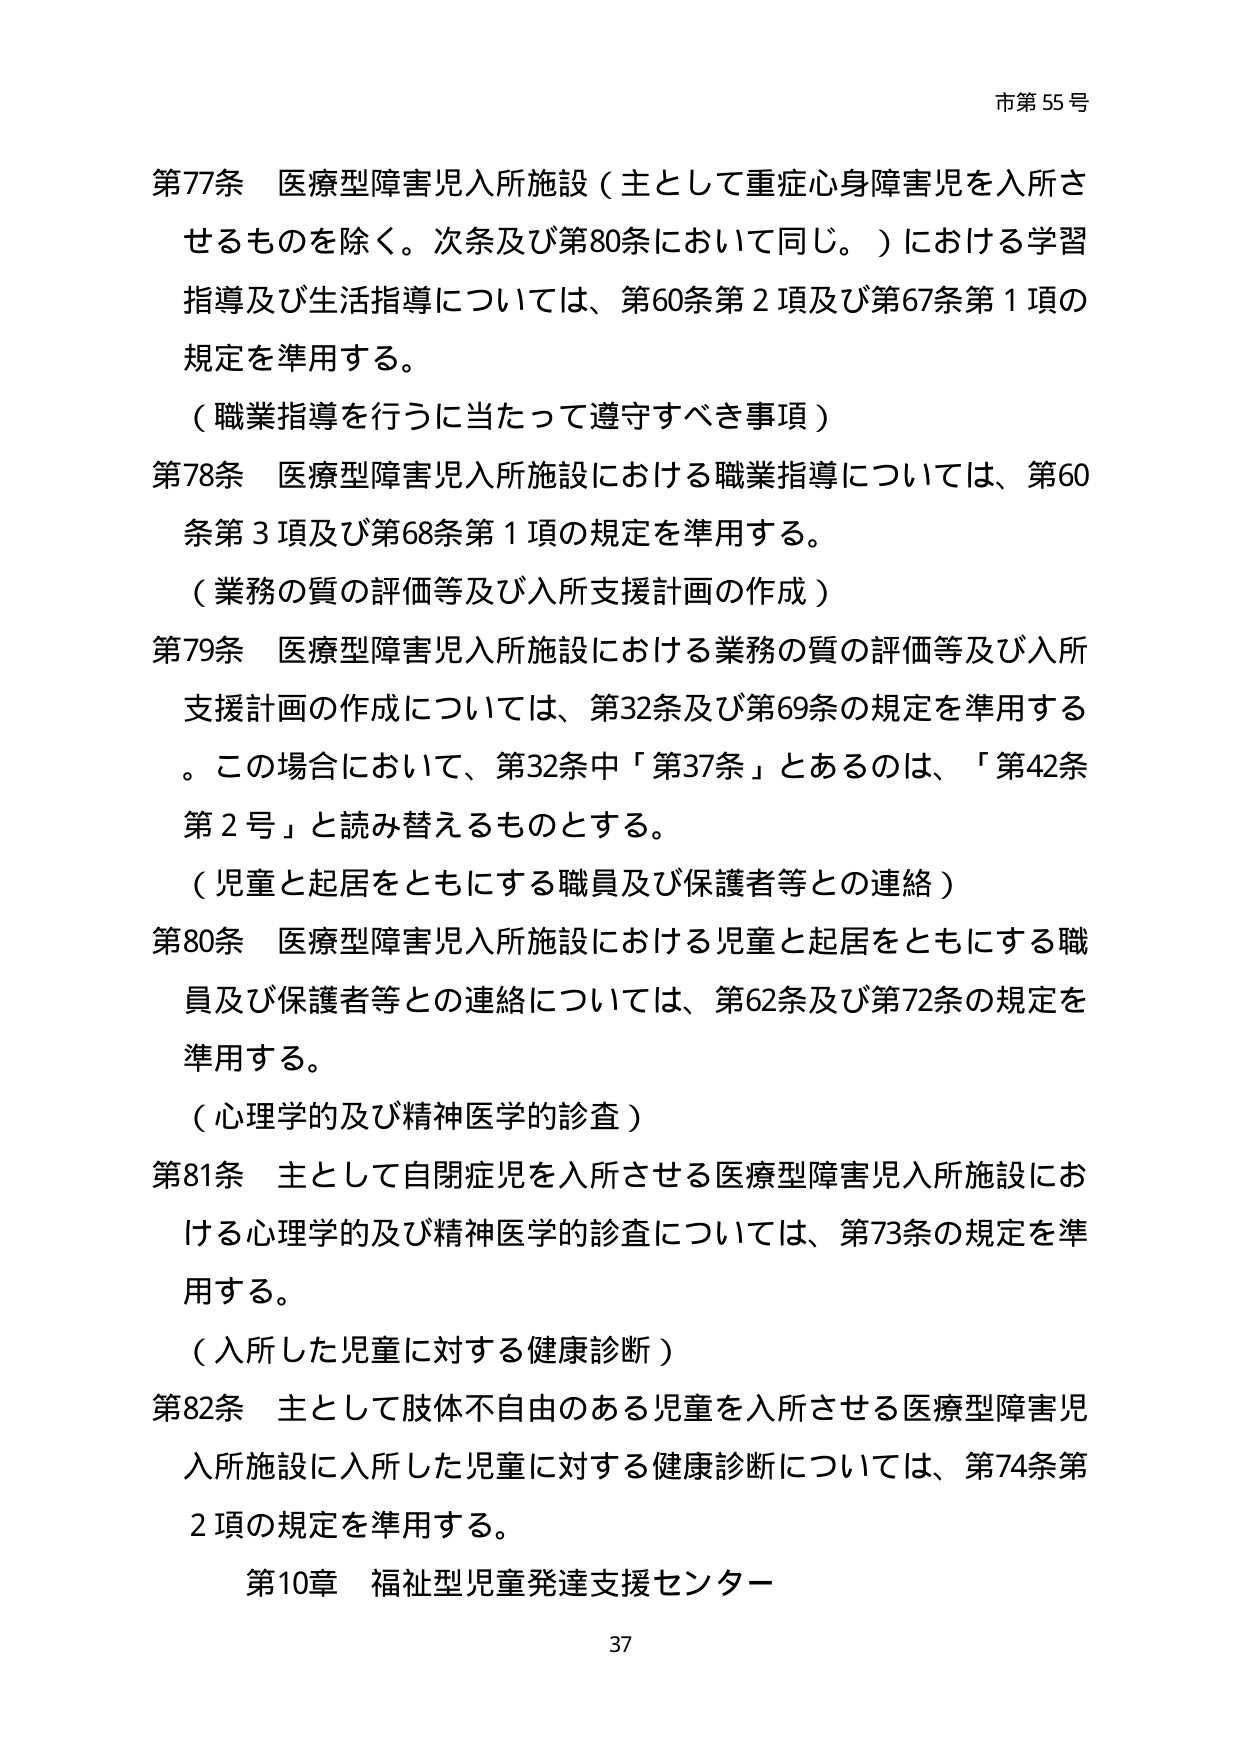
市第55号

第77条 医療型障害児入所施設（主として重症心身障害児を入所させるものを除く。次条及び第80条において同じ。）における学習指導及び生活指導については、第60条第2項及び第67条第1項の規定を準用する。

（職業指導を行うに当たって遵守すべき事項）

第78条 医療型障害児入所施設における職業指導については、第60条第3項及び第68条第1項の規定を準用する。

（業務の質の評価等及び入所支援計画の作成）

第79条 医療型障害児入所施設における業務の質の評価等及び入所支援計画の作成については、第32条及び第69条の規定を準用する。この場合において、第32条中「第37条」とあるのは、「第42条第2号」と読み替えるものとする。

（児童と起居をともにする職員及び保護者等との連絡）

第80条 医療型障害児入所施設における児童と起居をともにする職員及び保護者等との連絡については、第62条及び第72条の規定を準用する。

（心理学的及び精神医学的診査）

第81条 主として自閉症児を入所させる医療型障害児入所施設における心理学的及び精神医学的診査については、第73条の規定を準用する。

（入所した児童に対する健康診断）

第82条 主として肢体不自由のある児童を入所させる医療型障害児入所施設に入所した児童に対する健康診断については、第74条第2項の規定を準用する。

第10章 福祉型児童発達支援センター

37